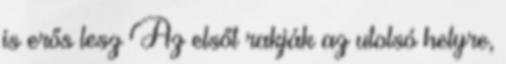
is erős lesz Az elsőt rakják az utolsó helyre,